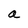
Character: a